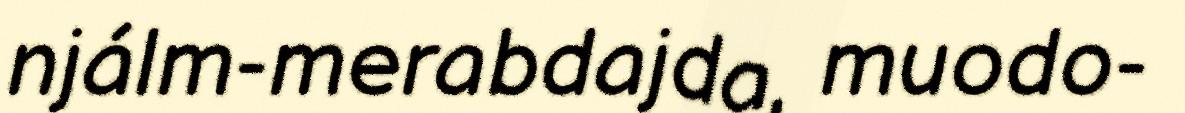
njálm-merabdajda, muodo-